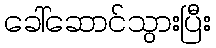
ခေါ်ဆောင်သွားပြီး